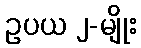
ဥပယ ၂-မျိုး